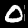
Label: 0